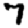
Digit: 7